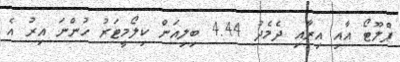
ޕްލޫޓޯ އާއި އިރާއި ދެމެދު 4.44 ބިލިއަން ކިލޯމީޓަރު ހުންނަ އިރު އެ